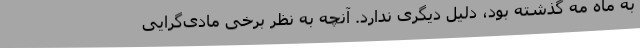
به ماه مه گذشته بود، دلیل دیگری ندارد. آنچه به نظر برخی مادی‌گرایی